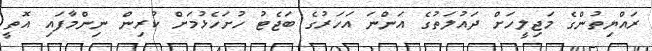
ރައްޔިތުންގެ މަޖިލީހަށް ދައުލަތުގެ އަންނަ އަހަރުގެ ބަޖެޓު ހުށަހެޅުމަށް ކުރިން ނިންމާފައި އޮތީ